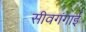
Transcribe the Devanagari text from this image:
सीवगंगाई